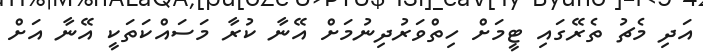
އަދި މެޗު ތެރޭގައި ޓީމަށް ހިތްވަރުދިނުމަށް އޭނާ ކުރާ މަސައްކަތަކީ އޭނާ އަށް